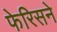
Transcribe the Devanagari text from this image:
फेरिसने